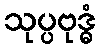
သုပ္ပဗုဒ္ဓံ